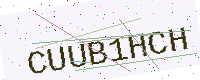
Text: CUUB1HCH